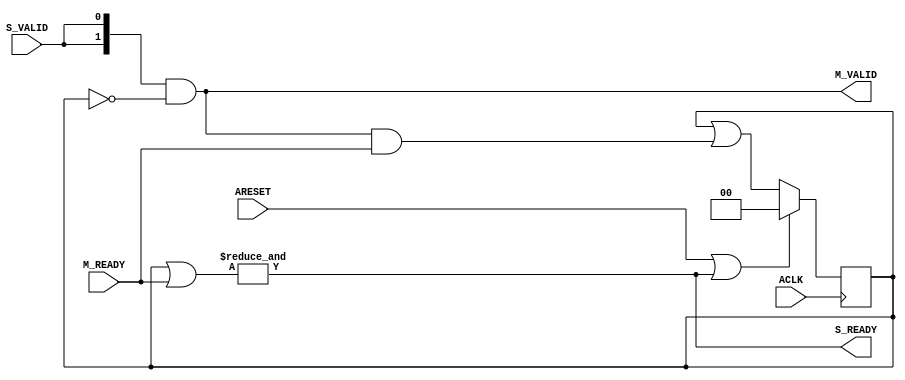
module axi_crossbar_v2_1_8_splitter #
  (
   parameter integer C_NUM_M = 2  
   )
  (
   input  wire                             ACLK,
   input  wire                             ARESET,
   input  wire                             S_VALID,
   output wire                             S_READY,
   output wire [C_NUM_M-1:0]               M_VALID,
   input  wire [C_NUM_M-1:0]               M_READY
   );
   reg  [C_NUM_M-1:0] m_ready_d;
   wire               s_ready_i;
   wire [C_NUM_M-1:0] m_valid_i;
   always @(posedge ACLK) begin
      if (ARESET | s_ready_i) m_ready_d <= {C_NUM_M{1'b0}};
      else                    m_ready_d <= m_ready_d | (m_valid_i & M_READY);
   end
   assign s_ready_i = &(m_ready_d | M_READY);
   assign m_valid_i = {C_NUM_M{S_VALID}} & ~m_ready_d;
   assign M_VALID = m_valid_i;
   assign S_READY = s_ready_i;
endmodule